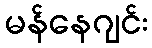
မန်နေဂျင်း